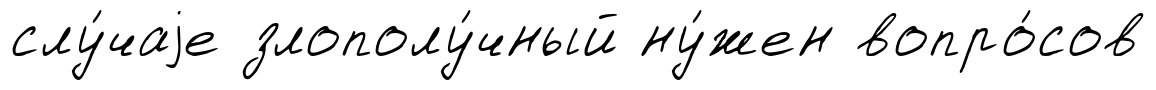
слу́чаjе злополу́чный ну́жен вопро́сов